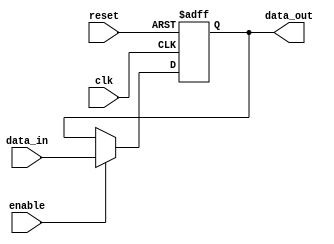
module ParameterizedRegister #(
    parameter WIDTH = 8  // Parameter to define the width of the register
)(
    input wire clk,           // Clock signal
    input wire reset,         // Asynchronous reset signal
    input wire [WIDTH-1:0] data_in, // Input data signal
    input wire enable,        // Control signal to load data
    output reg [WIDTH-1:0] data_out // Output data signal
);

    // Always block to handle register behavior
    always @(posedge clk or posedge reset) begin
        if (reset) begin
            data_out <= {WIDTH{1'b0}}; // Initialize register to zero on reset
        end else if (enable) begin
            data_out <= data_in; // Load data when enabled
        end
        // If enable is not asserted, retain previous value (no need to specify)
    end

endmodule